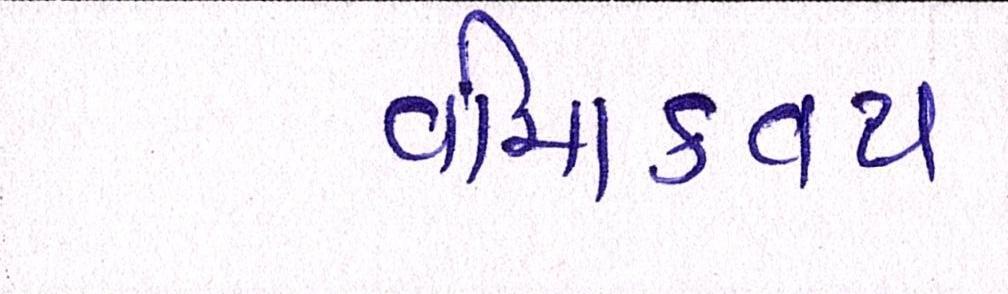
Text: વીમાકવચ